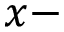
x -